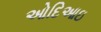
ઓદિઆઇ